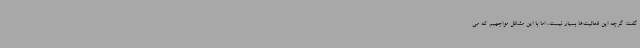
گفت: گرچه این فعالیت‌ها بسیار نیست، اما با این مشکل مواجهیم که می